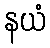
နယံ